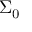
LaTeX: { \boldsymbol { \Sigma } } _ { 0 }